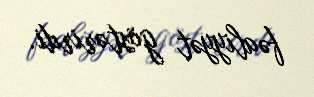
fəaliyyət göstərirdi.